Leningradi_Edasi_toimetus, lk 40
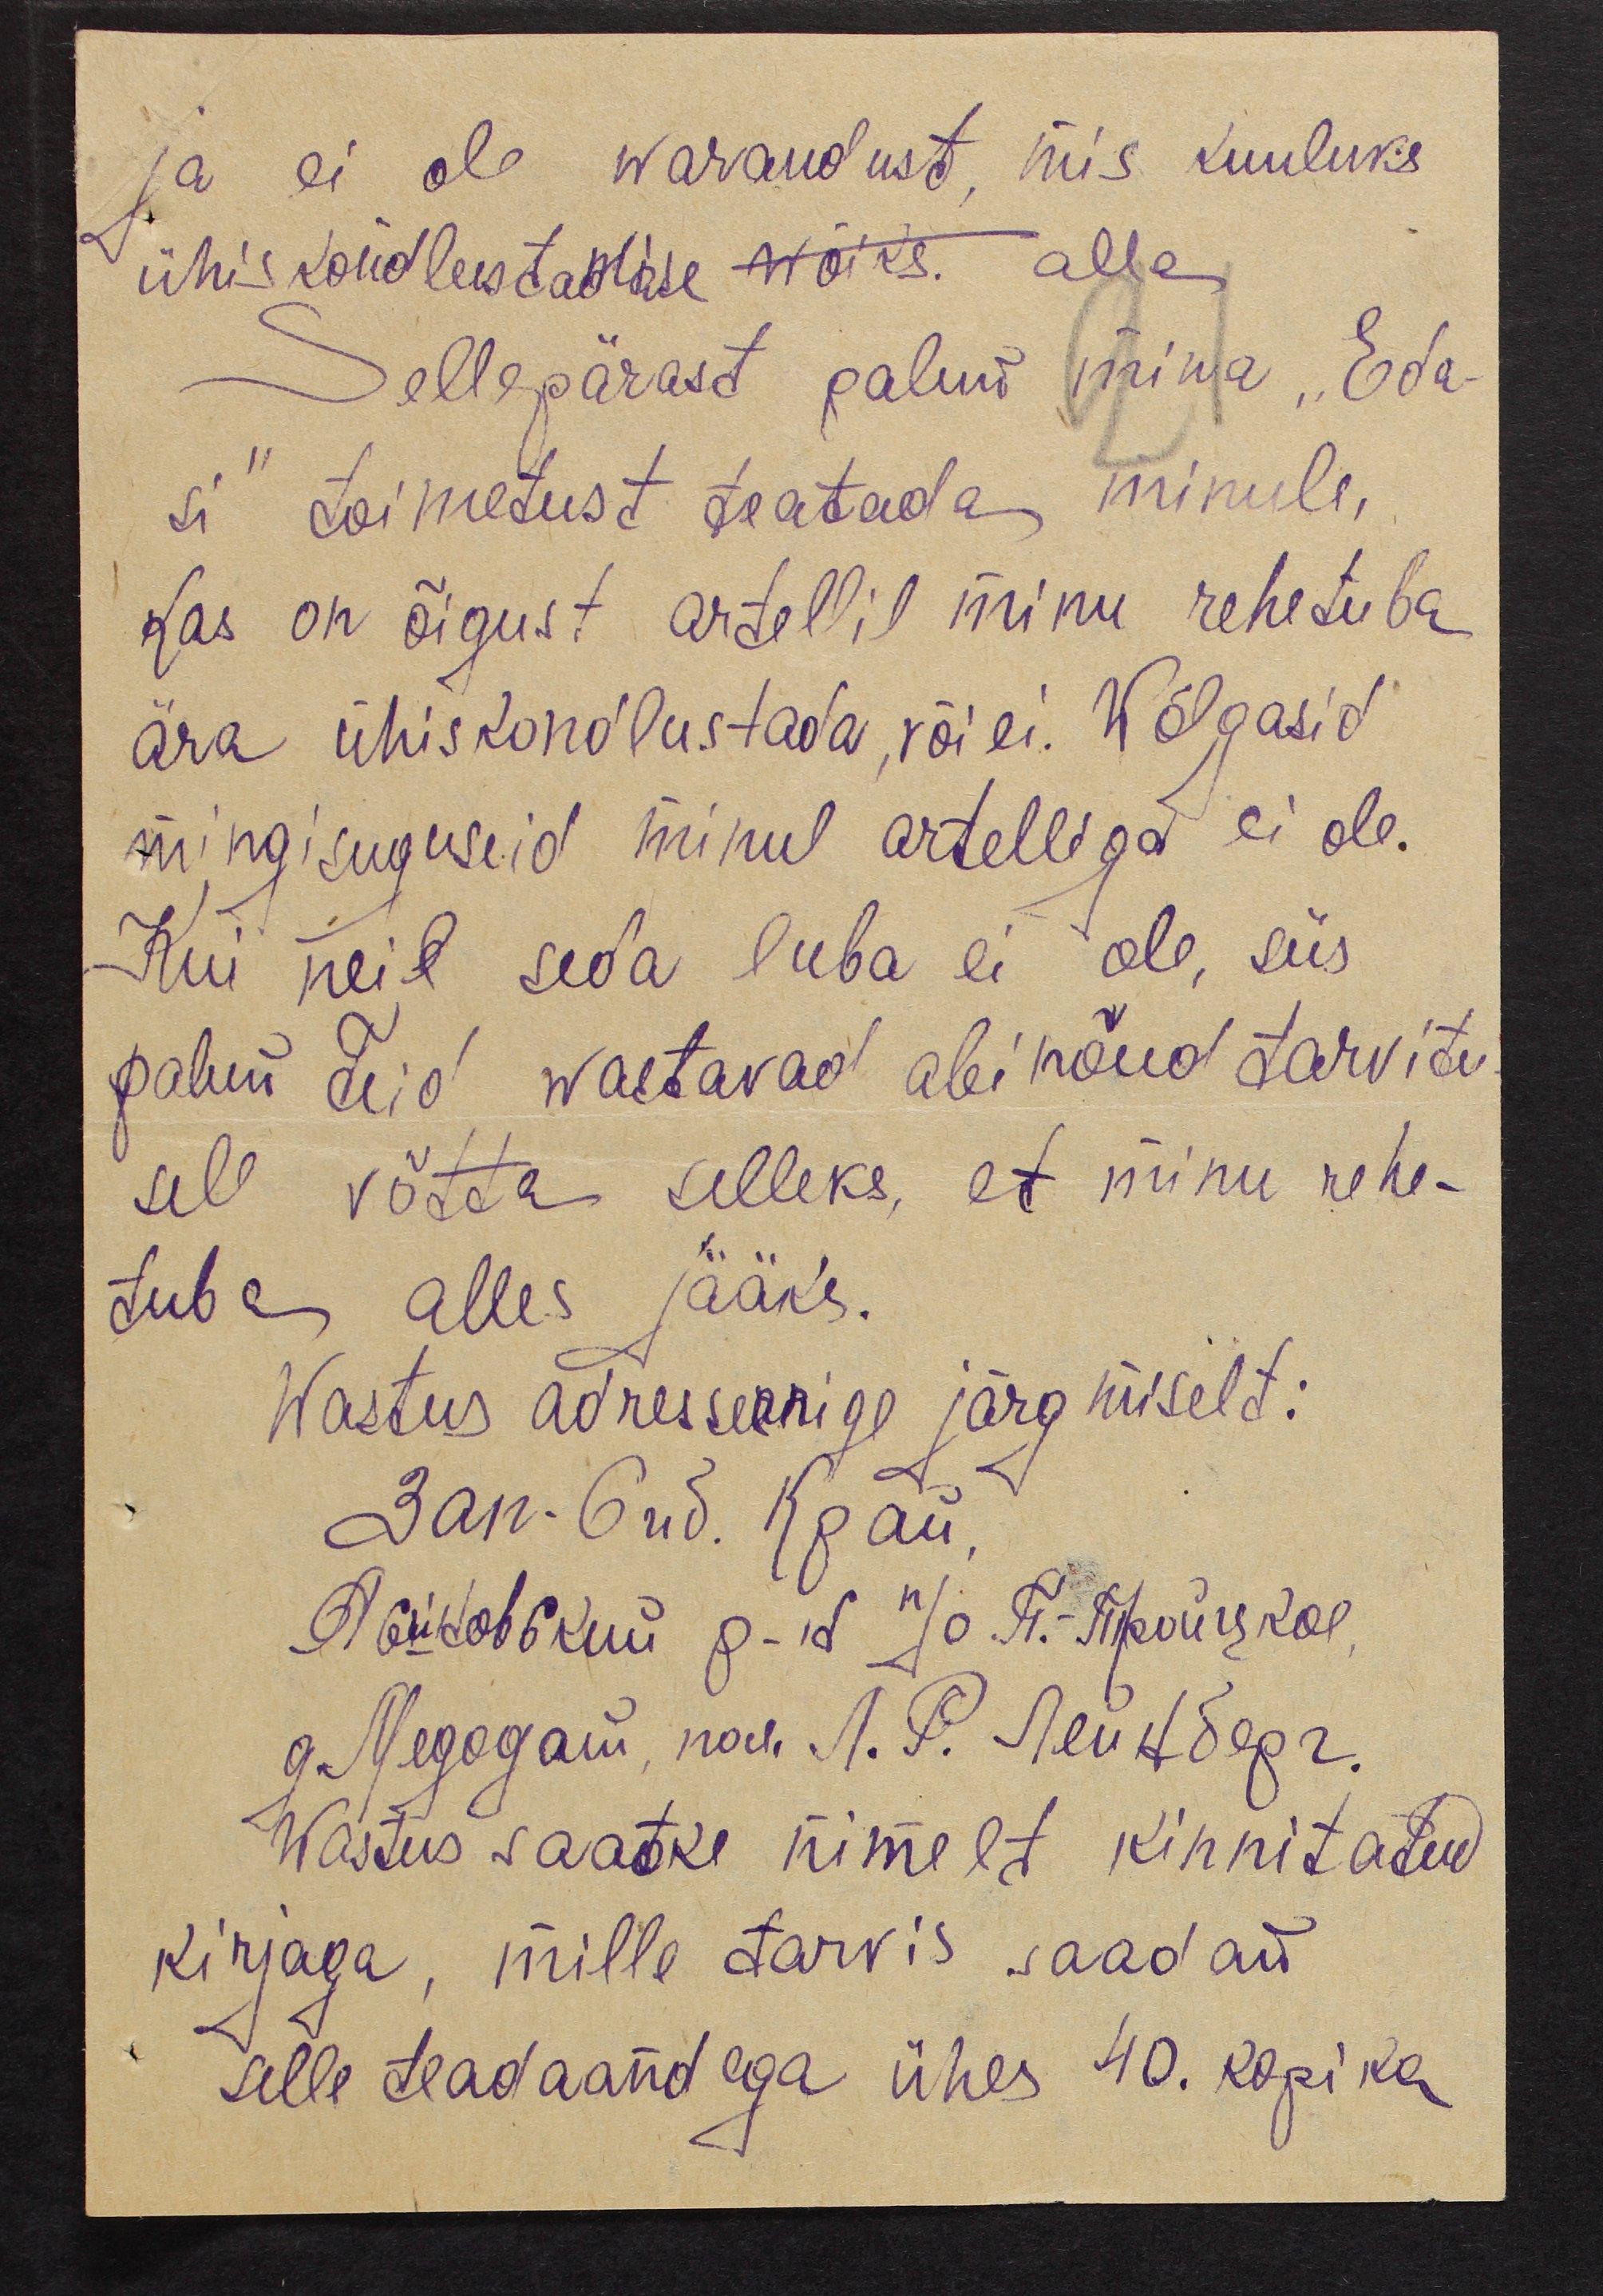
ja ei ole warandust, mis kuuluks
ühiskondlustamise wõiks. alla
Sellepärast palun mina "Eda-
si" toimetust teatada minule,
kas on õigust artellil minu rehetuba
ära ühiskondlustada ,või ei. Wõlgasid
mingisuguseid minul artelliga ei ole.
Kui neil seda luba ei ole, siis
palun Teid wastavad abinõud tarvitu
sele võtta selleks, et minu rehe-
tuba alles jääks.
Wastus adresserige järgmiselt:
Wastus saatke nimelt kinnitatud
kirjaga, mille tarvis saadan
selle teadaandega ühes 40. kopika